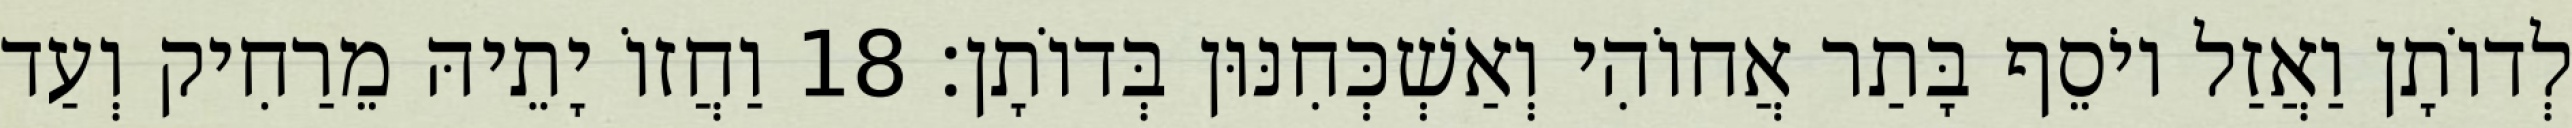
לְדוֹתָן וַאֲזַל יוֹסֵף בָּתַר אֲחוֹהִי וְאַשְׁכְּחִנּוּן בְּדוֹתָן׃ 18 וַחֲזוֹ יָתֵיהּ מֵרַחִיק וְעַד